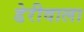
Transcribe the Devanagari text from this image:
डेरीवाला